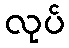
လုပ်